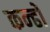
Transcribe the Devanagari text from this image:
कन्ढों